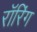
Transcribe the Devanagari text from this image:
रॉरिंग